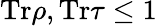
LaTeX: \mathrm{Tr}\rho,\mathrm{Tr}\tau\leq 1